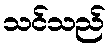
သင်သည်